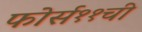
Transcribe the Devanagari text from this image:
फोर्स११ची